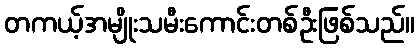
တကယ့်အမျိုးသမီးကောင်းတစ်ဦးဖြစ်သည်။